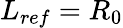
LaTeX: L_{ref}=R_{0}